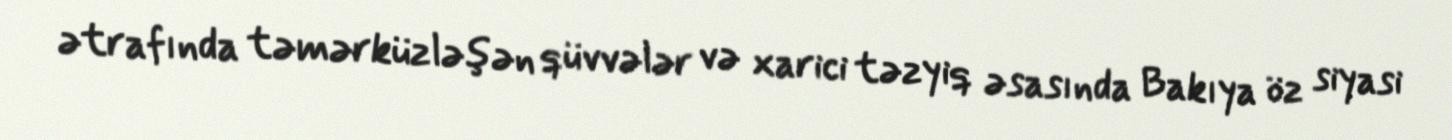
ətrafında təmərküzləşən qüvvələr və xarici təzyiq əsasında Bakıya öz siyasi